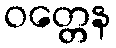
ဝတ္တေန